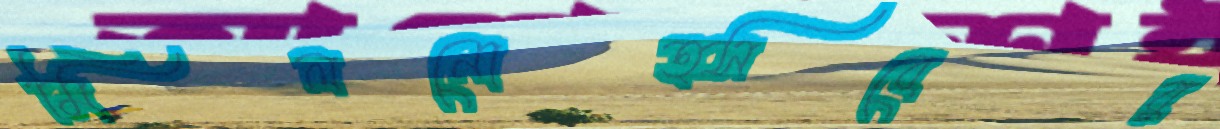
মিলনোত্সবের